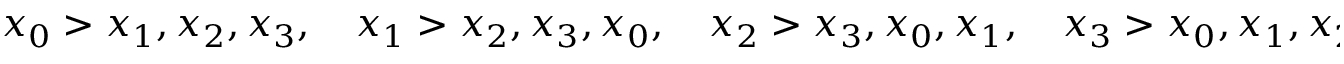
x _ { 0 } > x _ { 1 } , x _ { 2 } , x _ { 3 } , \quad x _ { 1 } > x _ { 2 } , x _ { 3 } , x _ { 0 } , \quad x _ { 2 } > x _ { 3 } , x _ { 0 } , x _ { 1 } , \quad x _ { 3 } > x _ { 0 } , x _ { 1 } , x _ { 2 } .